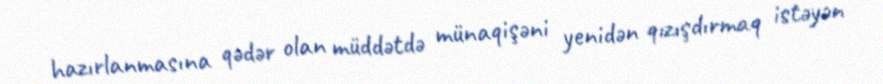
hazırlanmasına qədər olan müddətdə münaqişəni yenidən qızışdırmaq istəyən